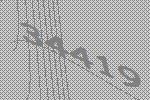
34419